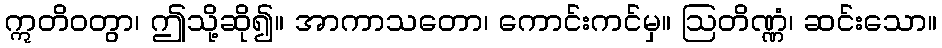
ဣတိဝတွာ၊ ဤသို့ဆို၍။ အာကာသတော၊ ကောင်းကင်မှ။ ဩတိဏ္ဏံ၊ ဆင်းသော။